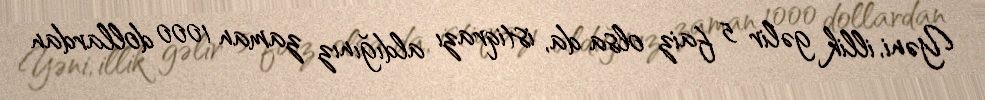
Yəni, illik gəlir 5 faiz olsa da, istiqrazı aldığınız zaman 1000 dollardan